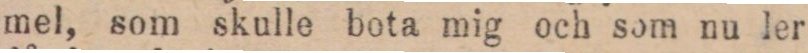
mel, som skulle bota mig och som nu ler